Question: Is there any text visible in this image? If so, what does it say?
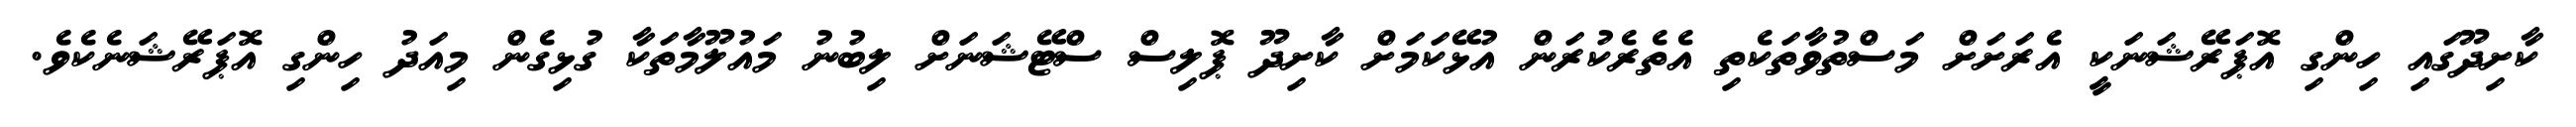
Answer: ކާށިދޫގައި ހިންގި އޮޕަރޭޝަނަކީ އެރަށަށް މަސްތުވާތަކެތި އެތެރެކުރަން އުޅޭކަމަށް ކާށިދޫ ޕޮލިސް ސްޓޭޝަނަށް ލިބުނު މައުލޫމާތަކާ ގުޅިގެން މިއަދު ހިންގި އޮޕަރޭޝަނެކެވެ.